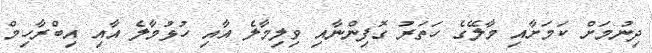
ދިނުމަށް ކަމަށާއި މާލޭގެ ހަތަރު ގޮފިންނާއި ވިލިމާލެ އާއި ހުޅުމާލެ އާއި އިބްރާހިމް